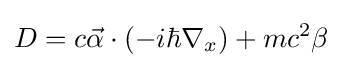
D=c{\vec {\alpha }}\cdot (-i\hbar \nabla _{x})+mc^{2}\beta